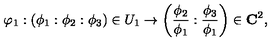
\varphi _ { 1 } : ( \phi _ { 1 } : \phi _ { 2 } : \phi _ { 3 } ) \in U _ { 1 } \rightarrow \left( { \frac { \phi _ { 2 } } { \phi _ { 1 } } } : { \frac { \phi _ { 3 } } { \phi _ { 1 } } } \right) \in { \bf C } ^ { 2 } ,